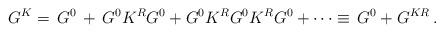
LaTeX: \begin{align*}G^K=\,G^0\,+\,G^0K^RG^0+G^0K^RG^0K^RG^0+\cdots\equiv\,G^0+G^{KR}\,.\end{align*}